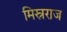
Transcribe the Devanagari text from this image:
मिस्रराज